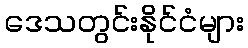
ဒေသတွင်းနိုင်ငံများ